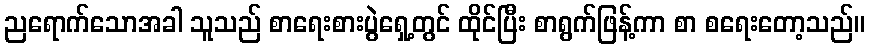
ညရောက်သောအခါ သူသည် စာရေးစားပွဲရှေ့တွင် ထိုင်ပြီး စာရွက်ဖြန့်ကာ စာ စရေးတော့သည်။